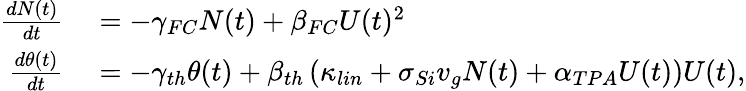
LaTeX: \begin{array}{rl}{\frac{dN(t)}{dt}}&{{}=-\gamma_{FC}N(t)+\beta_{FC}U(t)^{2}}\\ {\frac{d\theta(t)}{dt}}&{{}=-\gamma_{th}\theta(t)+\beta_{th}\left(\kappa_{lin}+\sigma_{Si}v_{g}N(t)+\alpha_{TPA}U(t)\right)U(t),}\end{array}